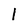
Character: 1